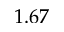
1 . 6 7